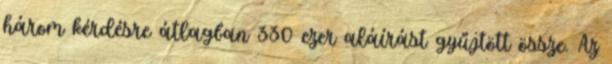
három kérdésre átlagban 330 ezer aláírást gyűjtött össze. Az